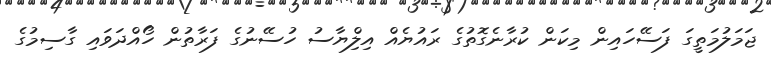
ޖަމަލުމަތީގަ ފަސޭހައިން މިކަން ކުރާނެގޮތުގެ ރައުޔެއް އިލްިޔާސު ހުސޭނުގެ ފަރާތުން ހޯއްދަވައި ގާސިމުގެ